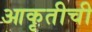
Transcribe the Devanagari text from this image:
आकृतीची